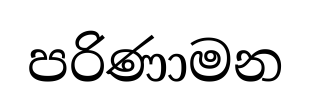
පරිණාමන